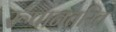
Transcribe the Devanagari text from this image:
रूपानतरित